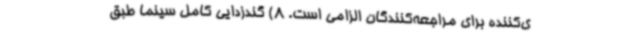
ی‌کننده برای مراجعه‌کنندگان الزامی است. 8) گندزدایی کامل سینما طبق